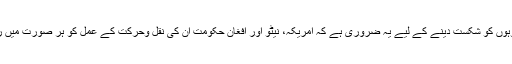
ان گروہوں کو شکست دينے کے ليے يہ ضروری ہے کہ امريکہ، نيٹو اور افغان حکومت ان کی نقل وحرکت کے عمل کو ہر صورت ميں روکے۔